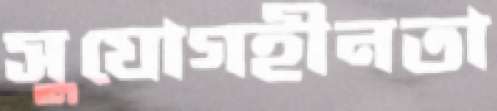
সুযোগহীনতা